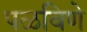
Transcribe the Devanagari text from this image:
पळविणे